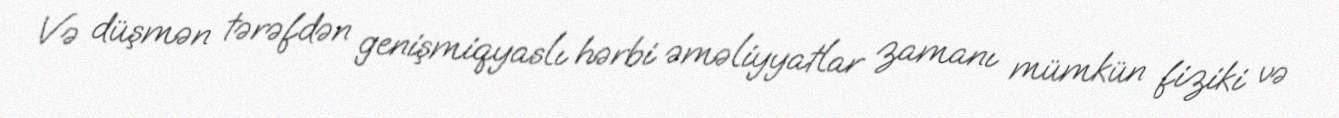
Və düşmən tərəfdən genişmiqyaslı hərbi əməliyyatlar zamanı mümkün fiziki və